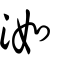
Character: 洳